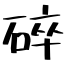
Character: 碎